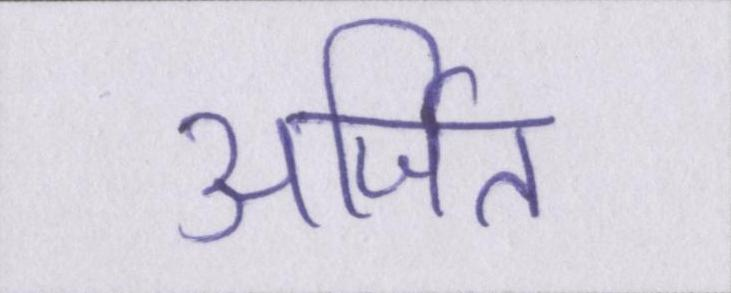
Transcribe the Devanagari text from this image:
अर्जित